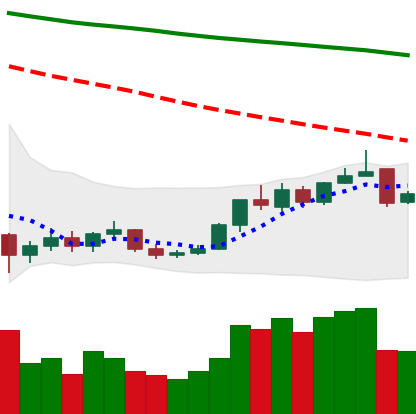
Ticker: BNB-USD
Chart end date: 2018-12-26
Forward return: 7.905%
Label: up_7plus